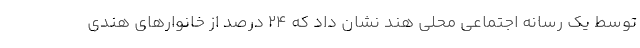
توسط یک رسانه اجتماعی محلی هند نشان داد که 24 درصد از خانوارهای هندی